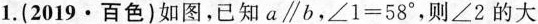
1.(2019\cdot 百色)如图，已知a\parallelb，$$∠ 1 = 5 8 °$$，则∠2的大